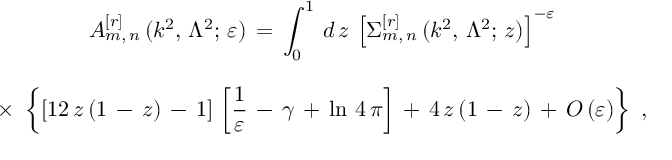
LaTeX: \begin{array} { c } { { \displaystyle { A _ { m , \, n } ^ { [ r ] } \, ( k ^ { 2 } , \, \Lambda ^ { 2 } ; \, \varepsilon ) \, = \, \int _ { 0 } ^ { 1 } \, d \, z \, \left[ \Sigma _ { m , \, n } ^ { [ r ] } \, ( k ^ { 2 } , \, \Lambda ^ { 2 } ; \, z ) \right] ^ { - \varepsilon } } } } \\ { { \mathrm { } } } \\ { { \displaystyle { \times \, \, \left\{ [ 1 2 \, z \, ( 1 \, - \, z ) \, - \, 1 ] \, \left[ \frac { 1 } { \varepsilon } \, - \, \gamma \, + \, \ln \, 4 \, \pi \right] \, + \, 4 \, z \, ( 1 \, - \, z ) \, + \, O \, ( \varepsilon ) \right\} \, \, , } } } \end{array}